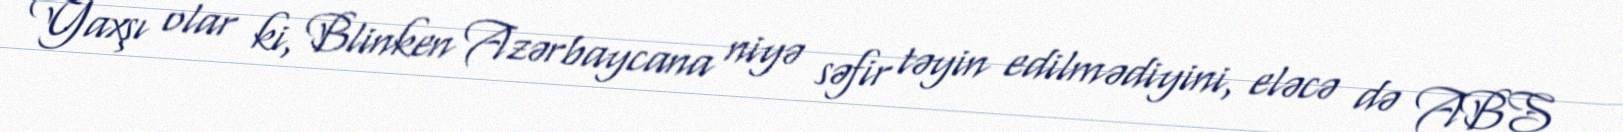
Yaxşı olar ki, Blinken Azərbaycana niyə səfir təyin edilmədiyini, eləcə də ABŞ